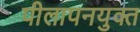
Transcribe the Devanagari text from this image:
पीलापनयुक्त